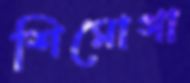
শিমোগা